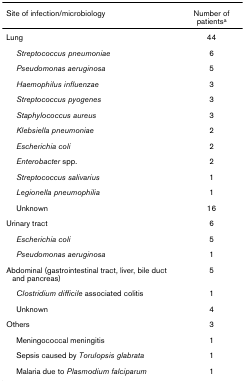
| Site of infection/microbiology | Number of patientsa |
 | --- | --- |
 | Lung | 44 |
 | Streptococcus pneumoniae | 6 |
 | Pseudomonas aeruginosa | 5 |
 | Haemophilus influenzae | 3 |
 | Streptococcus pyogenes | 3 |
 | Staphylococcus aureus | 3 |
 | Klebsiella pneumoniae | 2 |
 | Escherichia coli | 2 |
 | Enterobacter spp. | 2 |
 | Streptococcus salivarius | 1 |
 | Legionella pneumophilia | 1 |
 | Unknown | 16 |
 | Urinary tract | 6 |
 | Escherichia coli | 5 |
 | Pseudomonas aeruginosa | 1 |
 | Abdominal (gastrointestinal tract, liver, bile duct and pancreas) | 5 |
 | Clostridium difficile associated colitis | 1 |
 | Unknown | 4 |
 | Others | 3 |
 | Meningococcal meningitis | 1 |
 | Sepsis caused by Torulopsis glabrata | 1 |
 | Malaria due to Plasmodium falciparum | 1 |